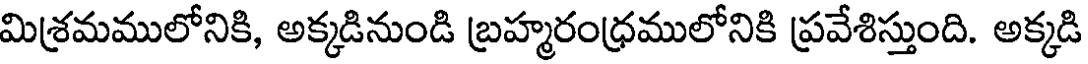
మిశ్రమములోనికి, అక్కడినుండి బ్రహ్మరంధ్రములోనికి ప్రవేశిస్తుంది. అక్కడి